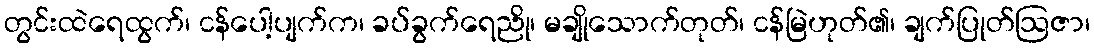
တွင်းထဲရေထွက်၊ ငန်ပေါ့ပျက်က၊ ခပ်ခွက်ရေညို၊ မချိုသောက်တုတ်၊ ငန်မြဲဟုတ်၏၊ ချက်ပြုတ်ဩဇာ၊